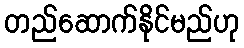
တည်ဆောက်နိုင်မည်ဟု